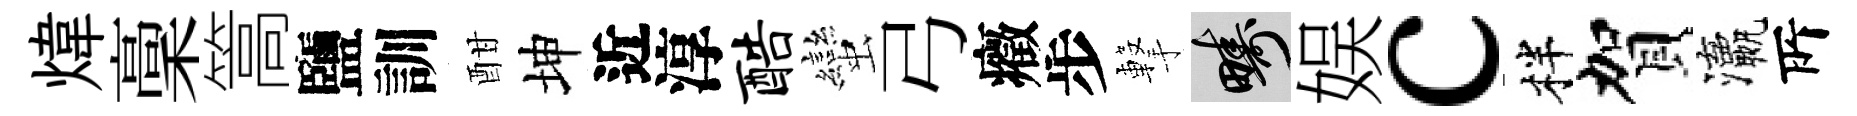
煒稾篙鹽訓酣坤近淳酷蠻弓癥步撃疇娱c柈賀瀛𠩄